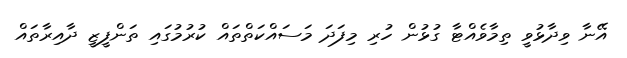
އޭނާ ވިދާޅުވީ ތިމާވެއްޓާ ގުޅުން ހުރި މިފަދަ މަސައްކަތްތައް ކުރުމުގައި ތަންފީޒީ ދާއިރާތައް